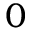
0